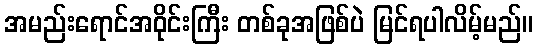
အမည်းရောင်အဝိုင်းကြီး တစ်ခုအဖြစ်ပဲ မြင်ရပါလိမ့်မည်။